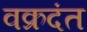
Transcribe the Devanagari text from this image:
वक्रदंत